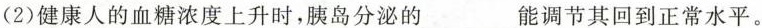
(2)健康人的血糖浓度上升时，胰岛分泌的___能调节其回到正常水平。